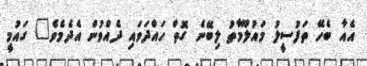
އެއާ ބެހޭ ތަފުސީލު މައުލޫމާތު ލިބޭނެ ގޮތް ހައްދަވައި ދެއްވުން އެދެމެވެ" ގައުމީ